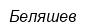
Беляшев